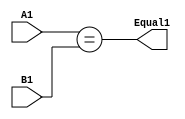
module eq1(A1, B1, Equal1);
	input A1;
	input B1;
	wire A1;
	wire B1;
	output Equal1;
	wire Equal1;
	assign Equal1 = (A1==B1);
endmodule

module eq2(A2,B2,Equal2);
	input [1:0] A2;
	input [1:0] B2;
	wire [1:0] A2;
	wire [1:0] B2;
	output Equal2;
	wire Equal2;
	wire e1, e2;
	eq1 forFirstBit( .A1(A2[1]), .B1(B2[1]), .Equal1(e2));
	eq1 forSecondBit( .A1(A2[0]), .B1(B2[0]), .Equal1(e1));
	assign Equal2 = (e1 & e2);
endmodule